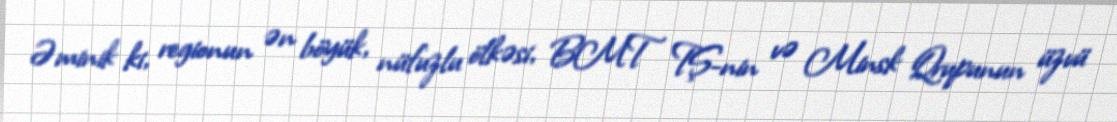
Əminik ki, regionun ən böyük, nüfuzlu ölkəsi, BMT TŞ-nin və Minsk Qrupunun üzvü